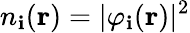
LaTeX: n_{\mathbf{i}}(\mathbf{{r}})=\vert\varphi_{\mathbf{i}}(\mathbf{{r}})\vert^{2}